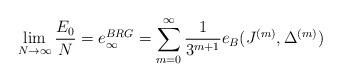
LaTeX: \begin{align*}\lim _{N\rightarrow \infty} \frac{E_0}{N} =e^{BRG}_{\infty} = \sum _{m=0}^{\infty} \frac{1}{3^{m+1}} e_B(J^{(m)},\Delta^{(m)}) \end{align*}